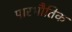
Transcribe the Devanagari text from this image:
पारभौतिक